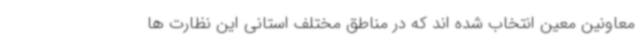
معاونین معین انتخاب شده اند که در مناطق مختلف استانی این نظارت ها